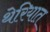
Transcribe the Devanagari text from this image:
थेरियात